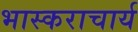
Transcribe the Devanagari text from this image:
भास्‍कराचार्य